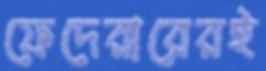
ফেদেরারেরই